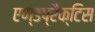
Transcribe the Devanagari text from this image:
एण्डप्रैक्टिस